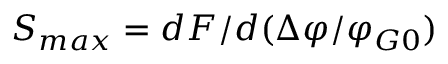
{ S _ { m a x } } = d F \mathrm { { / } } d ( \Delta \varphi / \varphi _ { G 0 } )